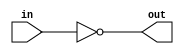
module active_low_buffer (
    input wire in,
    output wire out
);

assign out = ~in;

endmodule